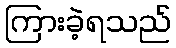
ကြားခဲ့ရသည်